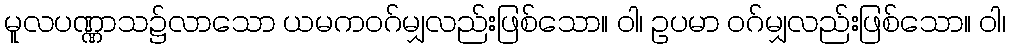
မူလပဏ္ဏာသ၌လာသော ယမကဝဂ်မျှလည်းဖြစ်သော။ ဝါ၊ ဥပမာ ဝဂ်မျှလည်းဖြစ်သော။ ဝါ၊